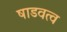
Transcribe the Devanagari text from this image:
षाडवत्व